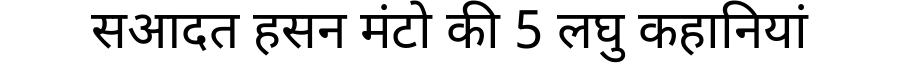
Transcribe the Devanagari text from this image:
सआदत हसन मंटो की 5 लघु कहानियां